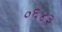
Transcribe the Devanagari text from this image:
०६४३